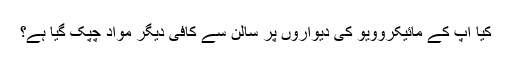
کیا آپ کے مائیکروویو کی دیواروں پر سالن سے کافی دیگر مواد چپک گیا ہے؟